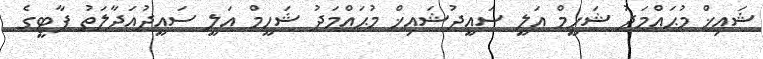
ޝައިޚް މުޙައްމަދު ޝަހީމް އަލީ ސައީދުޝައިޚް މުޙައްމަދު ޝަހީމް އަލީ ސައީދުއަދާލަތު ޕާޓީގެ